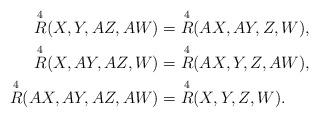
LaTeX: \begin{align*}\overset{4}{R} (X,Y,AZ,AW) & = \overset{4}{R} (AX,AY,Z,W), \\\overset{4}{R} (X,AY,AZ,W) & = \overset{4}{R} (AX,Y,Z,AW), \\\overset{4}{R} (AX,AY,AZ,AW) & = \overset{4}{R} (X,Y,Z,W). \end{align*}